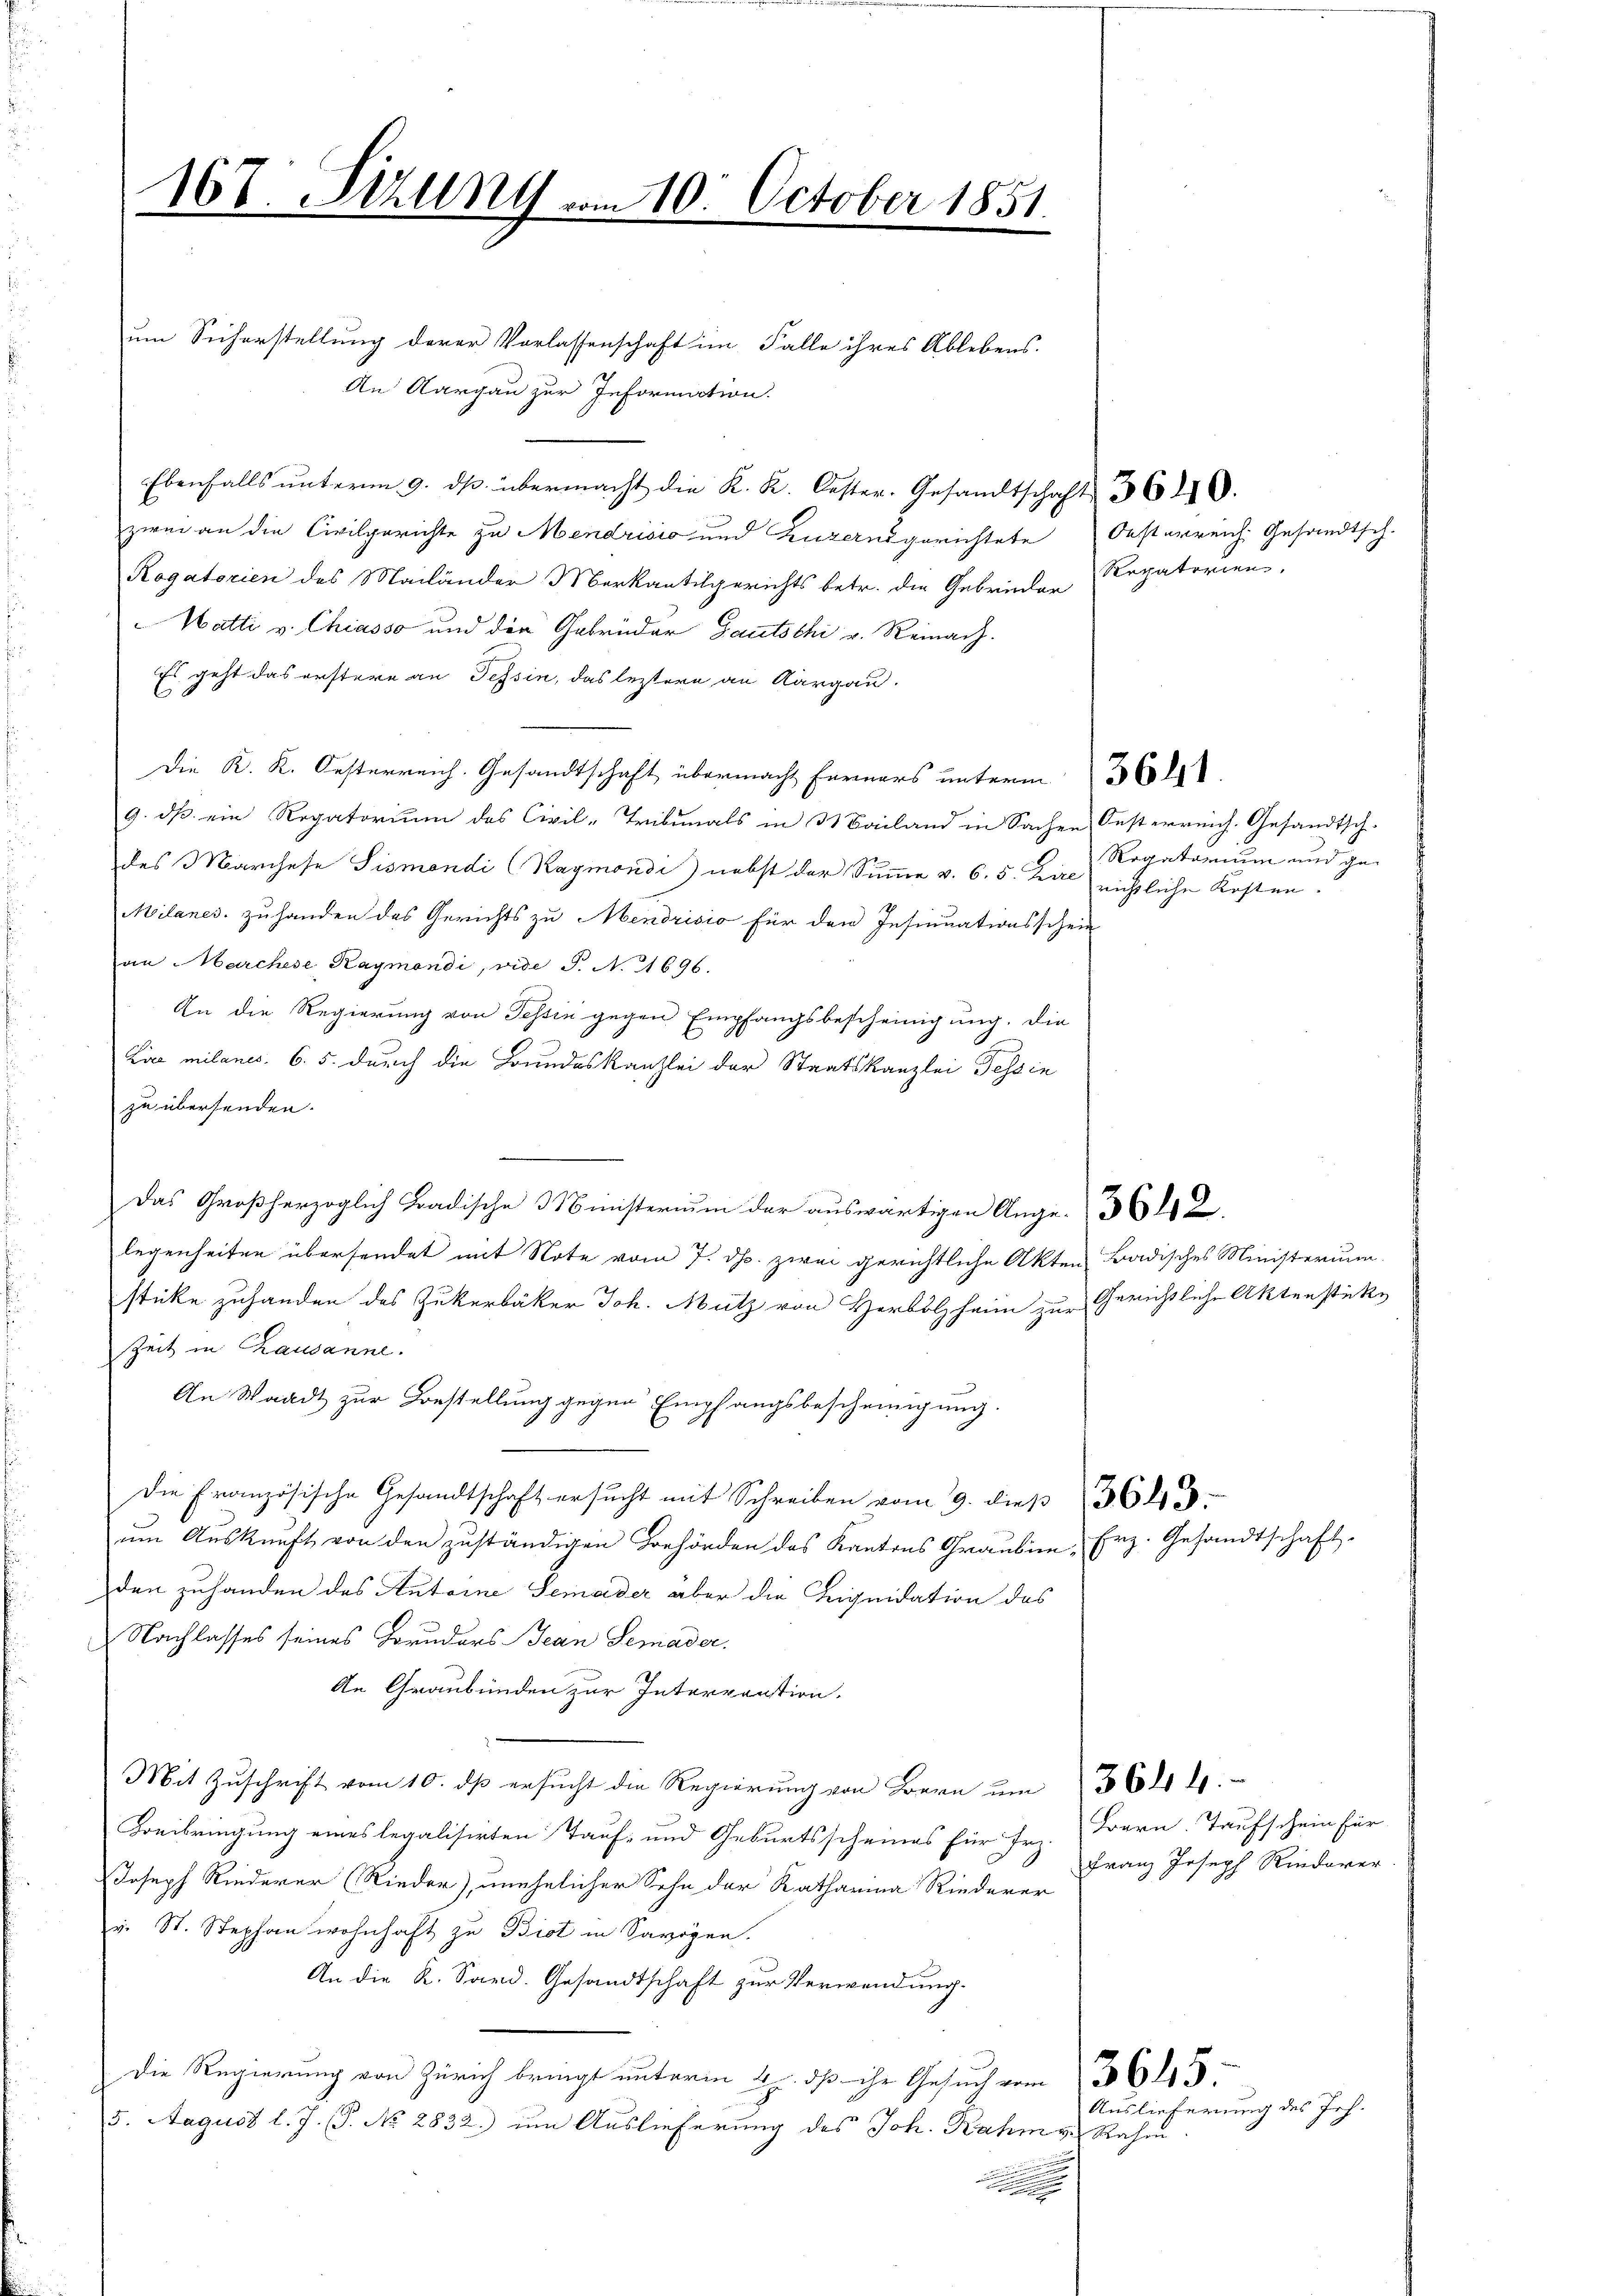
167. Sizung vom 10. October 1851.
e

um Sicherstellung derer Vorlassenschaft im Falle ihres Ablebens
An Aargau zur Information.
Ebenfalls ŭnterm 9. ds. übermacht die K. K. Oester. Gesandtschaft 360.
zwei an die Civilgerichte zu Mendrisio und Luzernsgerichtete Oesterreich Gesandtsch.
Rogatorien des Mailänder Markantilgerichts betr. die Gebrüeder Repaterien
Hatti v. Chiasso und die Gebrüder Gautschi v. Reinach.
Es geht das erstere an Tessin, das leztere an Aargau.
 K. K. Oesterrich. Gesandtschaft übermacht ferners unterm 30 l
9. dß ein Regatorium des Civil-Tribunals in Mailand in Sachen Oesterreich. Gesandtsch-
des Marchese Pismandi (Raymondi) nebst der Summe v. 6. 5. Ziel nichtliche Kosten.
Milanes. zuhanden des Gerichts zu Mendrisio für den Insinuationsschein
an Marchese, Kaymondi, vide P. No 11696.
An die Regierung von Tessin gegen Empfangsbescheinigung. Die
Lire milanes. 6. 5. durch die Bundeskanzlei der Staatskanzlei Tessin
zu übersenden.
ladische Ministerium der auswärtigen Ange32
legenheiten übersendet mit Note vom 7. dh. zwei gerichtliche Akten Badisches Ministerium
sticke zuhanden das Zukerbäker Joh. Mütz von Herole zur Gerichtliche Aktenstücke
Zeit in Chausanne.
An Waadt zur Bestellung gegen Empfangsbescheinigung.
Die Französische Gesandtschaft ersucht mit Schreiben vom 9. dieß 369.
um Auskunft von den zuständigen Behörden des Kantons Grauben-Erz. Gesandtschaft
den zuhanden des Antoine Semader aber die Liquidation des
Nachlasses seines Horuders Bean Semader.
An Graubünden zur Interrention.
Mit Zuschrift vom 10. dß ersucht die Regierung von Bern um 361 4.
Beibringung eines legalisirten Tauf- und Geburtsscheines für Fr. Bern. Taufschein für
Joseph Rinderer Rieder), unehelicher Sohn der Katharina Riederer
v. St. Stephan wohnhaft zu Bist in Savögen.
An die K. Sard. Gesandtschaft zur Verwendung.
Die Regierung von Zürich bringt unterm 4. dß ihr Gesuch vom 3. 645.
5. August l. J. P. No. 2832. um Auslieferung des Joh. Rahm v. Rahm
.

Regatorium und ge¬

Franz Joseph Rinderer

Auslieferung des Joh.